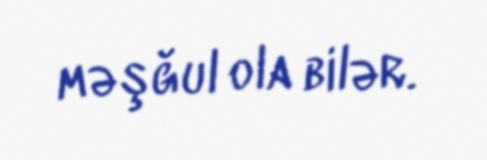
məşğul ola bilər.